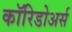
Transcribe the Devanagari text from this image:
कॉरिडोअर्स